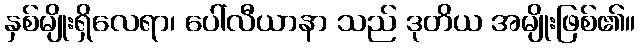
နှစ်မျိုးရှိလေရာ၊ ပေါ်လီယာနာ သည် ဒုတိယ အမျိုးဖြစ်၏။